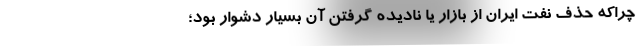
چراكه حذف نفت ایران از بازار یا نادیده گرفتن آن بسیار دشوار بود؛